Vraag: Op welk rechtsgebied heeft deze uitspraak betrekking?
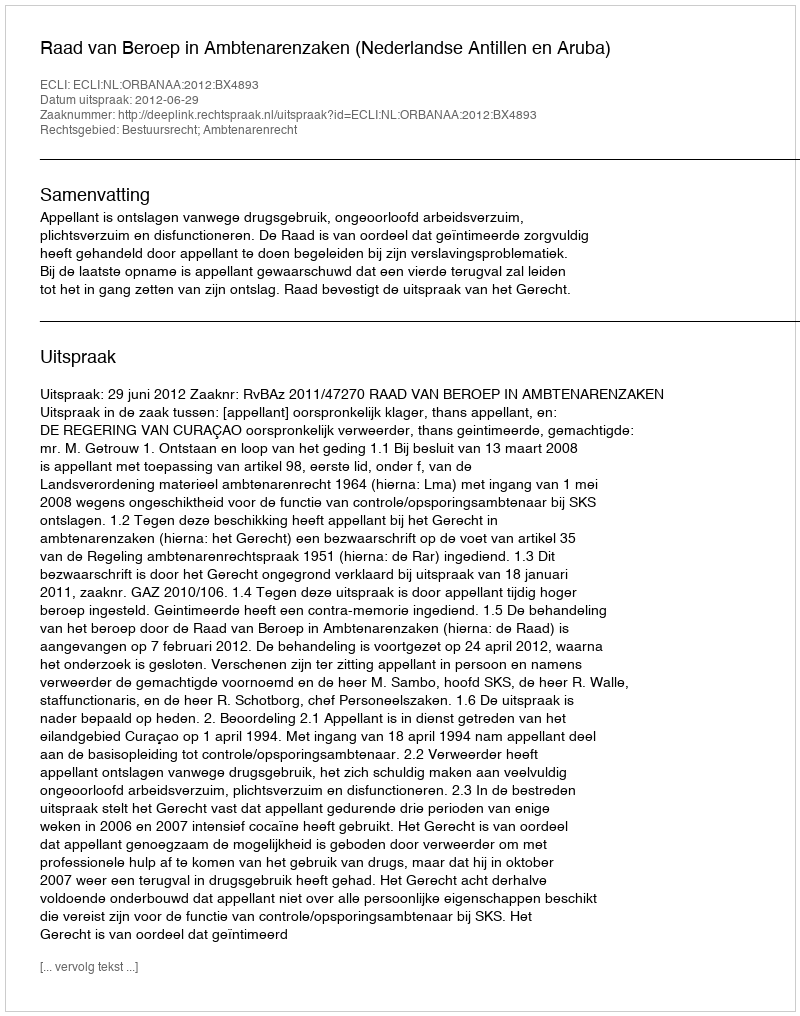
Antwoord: Bestuursrecht; Ambtenarenrecht